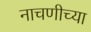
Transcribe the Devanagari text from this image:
नाचणीच्या